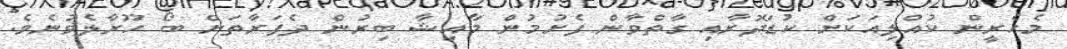
މެހެރީން ކުއްލިއަކަށް ކުޑަދޮރާއި ގާތްވާން ފެށުމުން މާއިޝާ ބިރުން ދެފަރާތަށް ބޯ ހޫރާލެވުނެވެ.